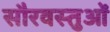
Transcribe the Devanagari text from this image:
सौरवस्तुओं